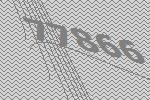
77866